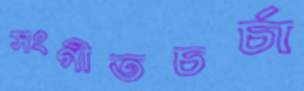
সংগীতচর্চা